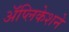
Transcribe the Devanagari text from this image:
अॅप्लिकेशने